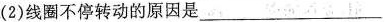
(2)线圈不停转动的原因是___